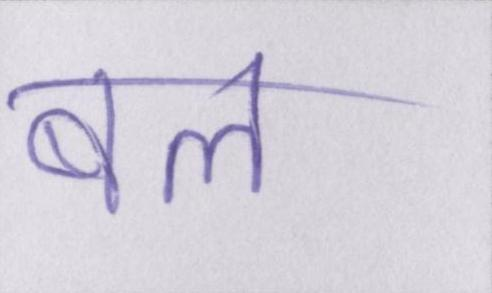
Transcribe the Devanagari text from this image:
बल